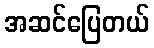
အဆင်ပြေတယ်